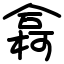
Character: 樖